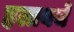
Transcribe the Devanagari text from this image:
हलायचे